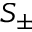
S _ { \pm }